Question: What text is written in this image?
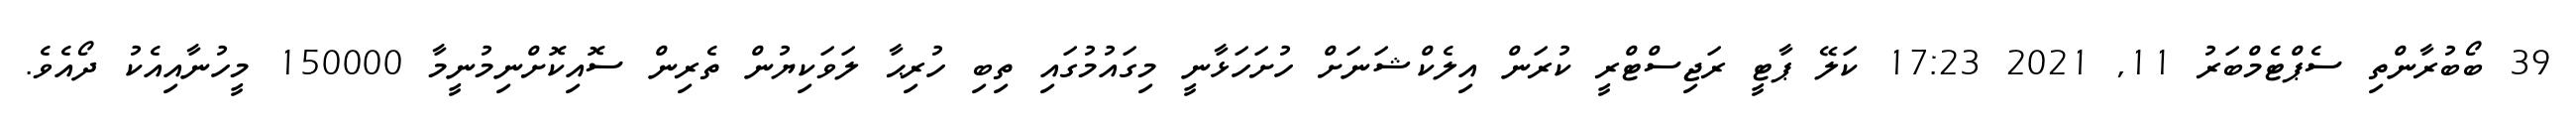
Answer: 39 ބޯބުރާންތި ސެޕްޓެމްބަރު 11, 2021 17:23 ކަލޭ ޕާޓީ ރަޖިސްޓްރީ ކުރަން އިލެކްޝަނަށް ހުށަހަޅާނީ މިގައުމުގައި ތިބި ހުރިޙާ ލަވަކިޔުން ތެރިން ސޮއިކޮށްނިމުނީމާ 150000 މީހުނާއިއެކު ދޯއެވެ.